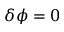
\delta \phi = 0